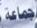
جماعة